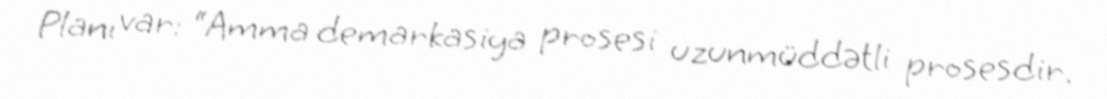
Planı var: “Amma demarkasiya prosesi uzunmüddətli prosesdir.